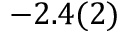
- 2 . 4 ( 2 )